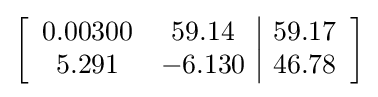
\left[{\begin{array}{cc|c}0.00300&59.14&59.17\\5.291&-6.130&46.78\\\end{array}}\right]